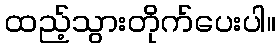
ထည့်သွားတိုက်ပေးပါ။